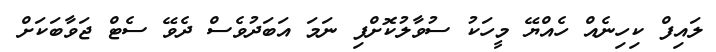
ލައިފް ކިހިނެއް ހެއްޔޭ މީހަކު ސުވާލުކޮށްފި ނަމަ އަބަދުވެސް ދެވޭ ސެޓް ޖަވާބަކަށް